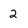
Character: 2